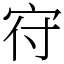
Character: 𡧛